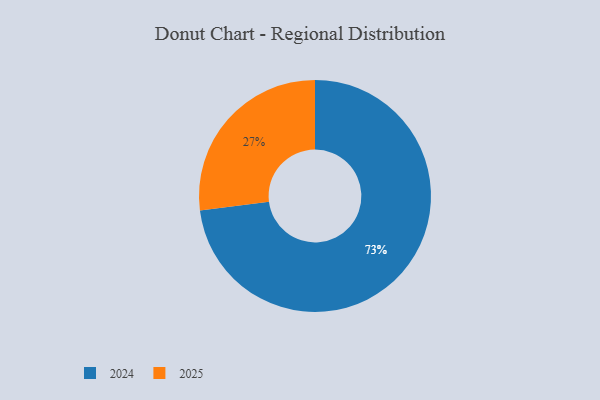
{"axis": {"x": "Category", "y": "Percentage"}, "legend": ["2024", "2025"], "data": [{"x": "2025", "y": 27, "type": "2025"}, {"x": "2024", "y": 73, "type": "2024"}]}